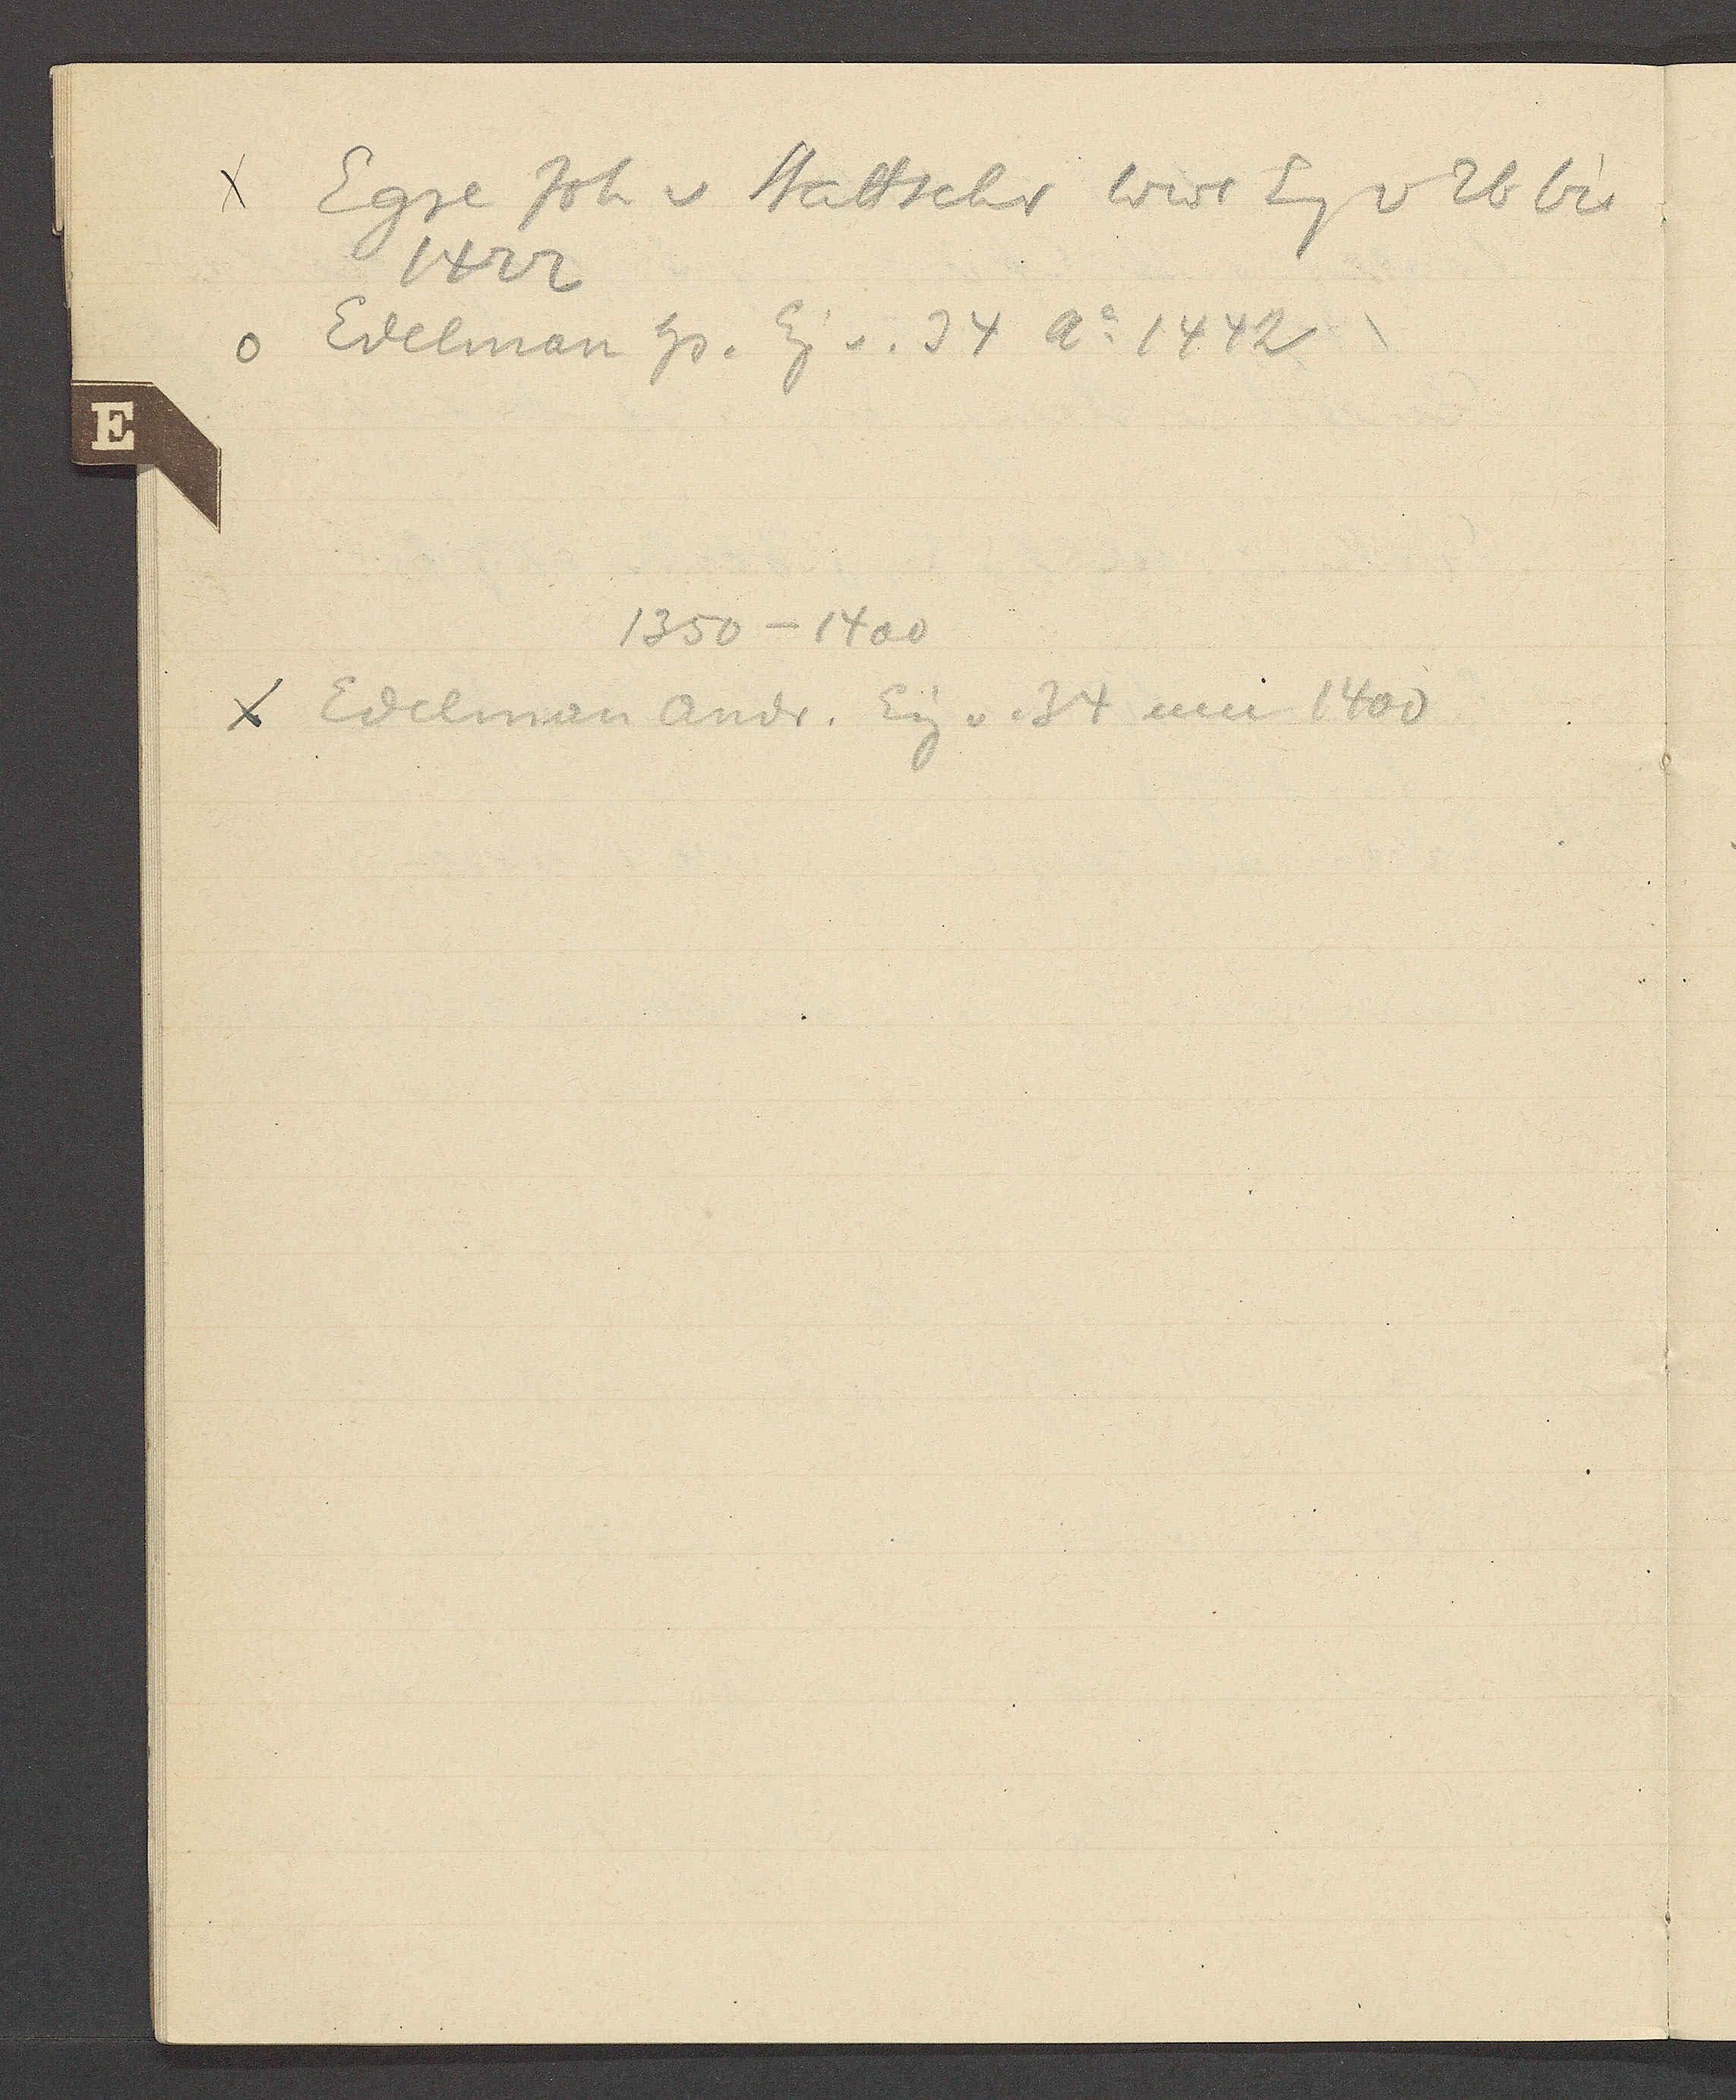
Transcript:
Egre Joh v Stattschr Wwe Eg v. 26 bis
1422
Edelman Hs. Eig v. 34 Ao 1442
1350 – 1400
Edelman Andr. Eig v. 34 um 1400